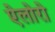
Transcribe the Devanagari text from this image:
ऐलोरो